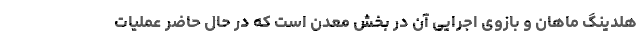
هلدینگ ماهان و بازوی اجرایی آن در بخش معدن است که در حال حاضر عملیات